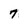
Character: 7